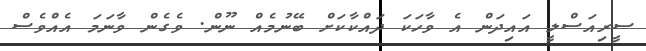
ސީރިއަސްލީ އައިދަން އެ ވާހަކަ ދައްކާކަށް ބޭނުމެއް ނޫން. ވެގެން ވާނަމަ އެއްވެސް